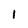
Character: l